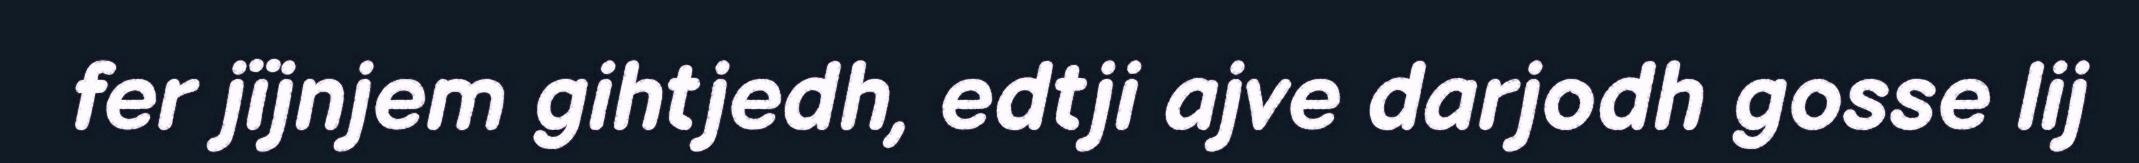
fer jïjnjem gihtjedh, edtji ajve darjodh gosse lij